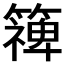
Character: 𮆰